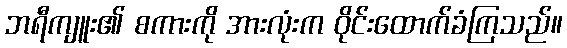
ဘရီကျူး၏ စကားကို အားလုံးက ဝိုင်းထောက်ခံကြသည်။